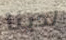
لدينا